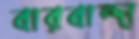
বারবান্দা